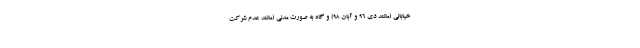
خیابانی (مانند دی 96 و آبان 98) و گاه به صورت مدنی (مانند عدم شرکت